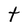
Character: t